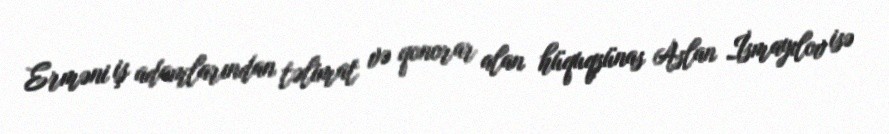
Erməni iş adamlarından təlimat və qonorar alan hüquqşünas Aslan İsmayılov isə